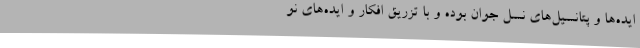
ایده‌ها و پتانسیل‌های نسل جوان بوده و با تزریق افکار و ایده‌های نو